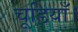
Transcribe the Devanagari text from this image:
चूडियाँ।